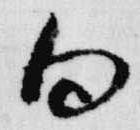
向